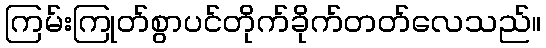
ကြမ်းကြုတ်စွာပင်တိုက်ခိုက်တတ်လေသည်။